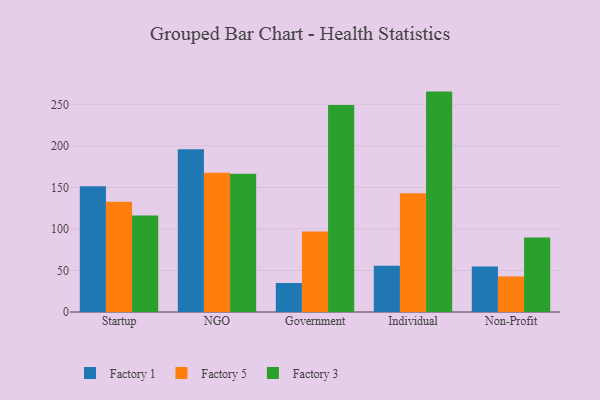
{"axis": {"x": "Segment", "y": "Shipments"}, "legend": ["Factory 1", "Factory 3", "Factory 5"], "data": [{"x": "Startup", "y": 151.5, "type": "Factory 1"}, {"x": "Startup", "y": 132.7, "type": "Factory 5"}, {"x": "Startup", "y": 116.2, "type": "Factory 3"}, {"x": "NGO", "y": 195.8, "type": "Factory 1"}, {"x": "NGO", "y": 167.5, "type": "Factory 5"}, {"x": "NGO", "y": 166.5, "type": "Factory 3"}, {"x": "Government", "y": 34.9, "type": "Factory 1"}, {"x": "Government", "y": 96.8, "type": "Factory 5"}, {"x": "Government", "y": 249.3, "type": "Factory 3"}, {"x": "Individual", "y": 55.8, "type": "Factory 1"}, {"x": "Individual", "y": 142.9, "type": "Factory 5"}, {"x": "Individual", "y": 265.3, "type": "Factory 3"}, {"x": "Non-Profit", "y": 54.8, "type": "Factory 1"}, {"x": "Non-Profit", "y": 42.8, "type": "Factory 5"}, {"x": "Non-Profit", "y": 89.8, "type": "Factory 3"}]}